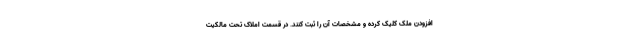
افزودن ملک کلیک کرده و مشخصات آن را ثبت کنند. در قسمت املاک تحت مالکیت